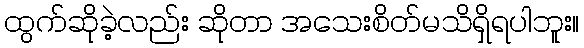
ထွက်ဆိုခဲ့လည်း ဆိုတာ အသေးစိတ်မသိရှိရပါဘူး။